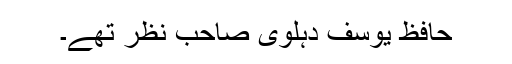
حافظ یوسف دہلوی صاحب نظر تھے۔